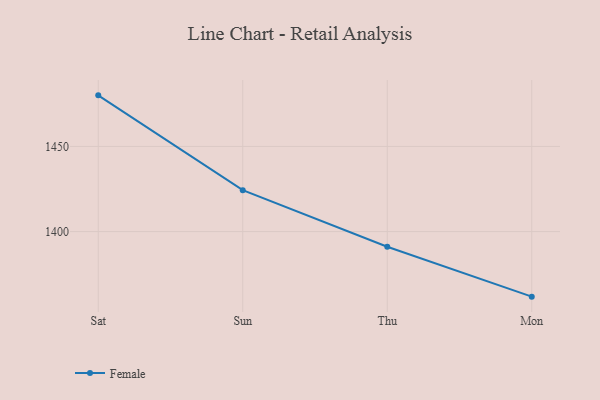
{"axis": {"x": "Day", "y": "Budget (USD K)"}, "legend": ["Female"], "data": [{"x": "Sat", "y": 1480.0, "type": "Female"}, {"x": "Sun", "y": 1424.3, "type": "Female"}, {"x": "Thu", "y": 1391.1, "type": "Female"}, {"x": "Mon", "y": 1361.8, "type": "Female"}]}